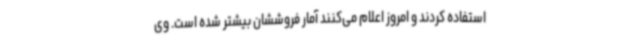
استفاده کردند و امروز اعلام می‌کنند آمار فروششان بیشتر شده است. وی